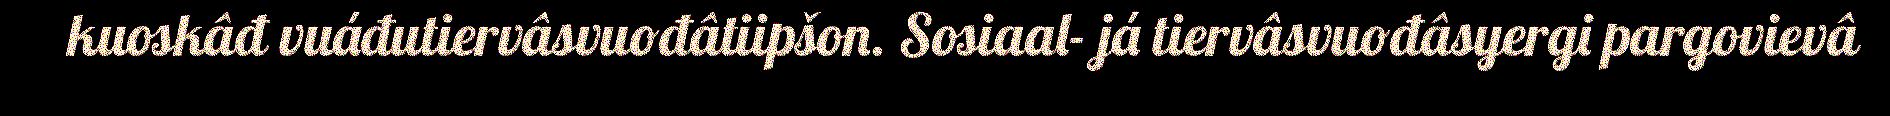
kuoskâđ vuáđutiervâsvuođâtiipšon. Sosiaal- já tiervâsvuođâsyergi pargovievâ